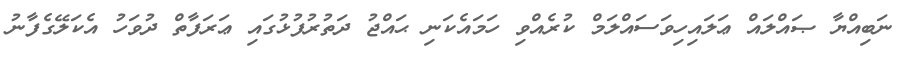
ނަބިއްޔާ ޞައްލައް ޢަލައިހިވަސައްލަމް ކުރެއްވި ހަމައެކަނި ޙައްޖު ދަތުރުފުޅުގައި ޢަރަފާތް ދުވަހު އެކަލޭގެފާނު